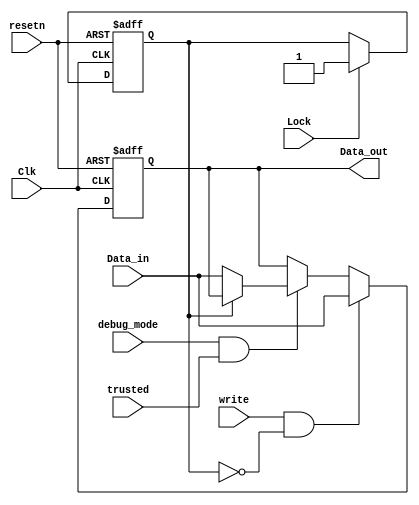
//copilot mean_prob: 0.6422069828434308
//This file was assembled by gen.py, written by redactedAuthorFirstname redactedAuthorLastname.
module Locked_register_example
(
input [15:0] Data_in,
input Clk,
input resetn,
input write,
input Lock,
input trusted,
input debug_mode,
output reg [15:0] Data_out
);

reg lock_status;

always @(posedge Clk or negedge resetn)
    if (~resetn) // Register is reset resetn
    begin
    lock_status <= 1'b0;
    end
    else if (Lock)
    begin
    lock_status <= 1'b1;
    end
    else if (~Lock)
    begin
    lock_status <= lock_status;
end

always @(posedge Clk or negedge resetn)
        if (~resetn) // Register is reset resetn
        begin
        Data_out <= 16'h0000;
        end
        else if (write & ~lock_status )
        begin
        Data_out <= Data_in;
        end
        //write Data_in into Data_out in debug_mode when trusted signal is high
        //-copilot next line-
//copilot mean_prob: 0.6422069828434308

        else if(debug_mode && trusted)
        begin
        if(~lock_status)
        begin
        Data_out <= Data_in;
        end
        end


endmodule